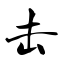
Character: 击